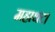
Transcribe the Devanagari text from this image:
महाथट।